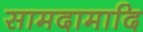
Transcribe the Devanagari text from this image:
सामदामादि